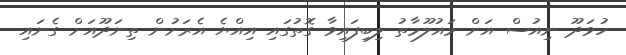
ހުވަދޫ ނިއުސް އަށް މައުލޫމާތު ލިބިފައިވާ ގޮތުގައި އިއްޔެ އެރަށުން ތިނަދޫއަށް ގެނައި